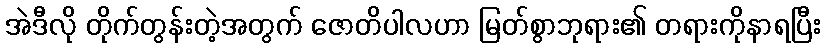
အဲဒီလို တိုက်တွန်းတဲ့အတွက် ဇောတိပါလဟာ မြတ်စွာဘုရား၏ တရားကိုနာရပြီး